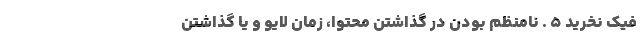
فیک نخرید 5 . نامنظم بودن در گذاشتن محتوا، زمان لایو و یا گذاشتن